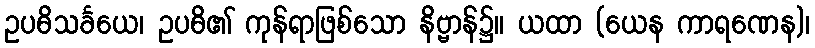
ဥပဓိသင်္ခယေ၊ ဥပဓိ၏ ကုန်ရာဖြစ်သော နိဗ္ဗာန်၌။ ယထာ (ယေန ကာရဏေန)၊